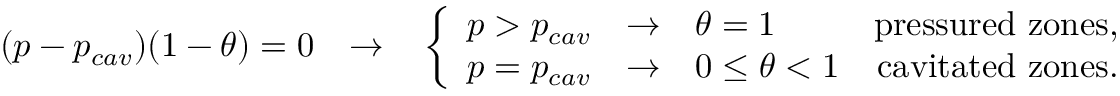
\begin{array} { r } { ( p - p _ { c a v } ) ( 1 - { \theta } ) = 0 \quad { \rightarrow } \quad \left\{ \begin{array} { l r } { p > p _ { c a v } \quad { \rightarrow } \quad { \theta } = 1 } & { \mathrm { p r e s s u r e d ~ z o n e s , } } \\ { p = p _ { c a v } \quad { \rightarrow } \quad 0 \; { \leq } \; { \theta } < 1 } & { \mathrm { c a v i t a t e d ~ z o n e s . } } \end{array} \right. } \end{array}